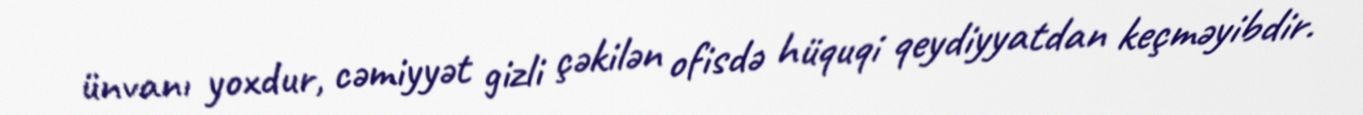
ünvanı yoxdur, cəmiyyət gizli çəkilən ofisdə hüquqi qeydiyyatdan keçməyibdir.